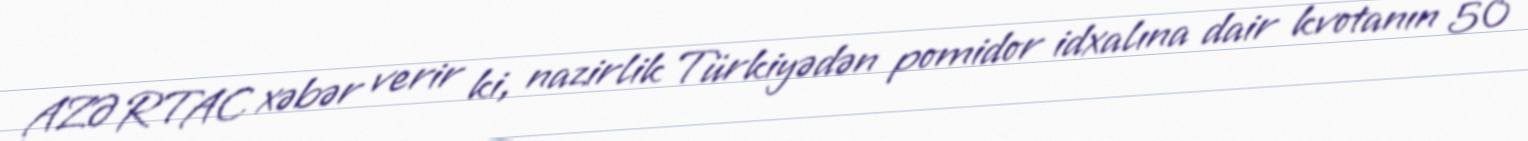
AZƏRTAC xəbər verir ki, nazirlik Türkiyədən pomidor idxalına dair kvotanın 50